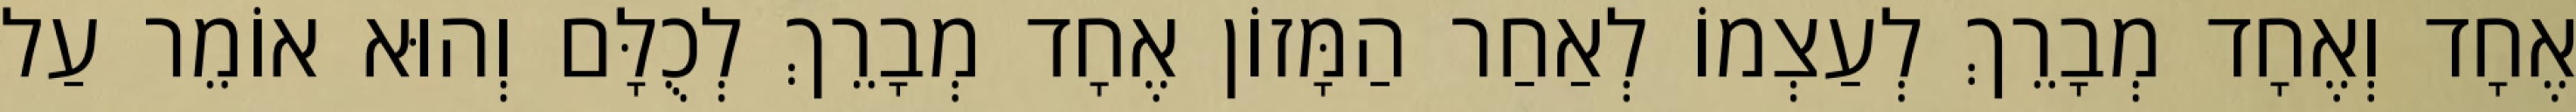
אֶחָד וְאֶחָד מְבָרֵךְ לְעַצְמוֹ לְאַחַר הַמָּזוֹן אֶחָד מְבָרֵךְ לְכֻלָּם וְהוּא אוֹמֵר עַל